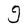
Character: g